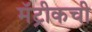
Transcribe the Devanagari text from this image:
मॅट्रीकची